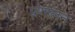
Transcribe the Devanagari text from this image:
प्रणालन